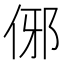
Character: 𬾈